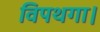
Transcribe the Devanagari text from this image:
विपथगा।